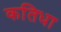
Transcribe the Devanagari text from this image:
कतिधा